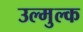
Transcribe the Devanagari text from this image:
उल्मुल्क